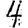
Digit: 4